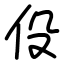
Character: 伇